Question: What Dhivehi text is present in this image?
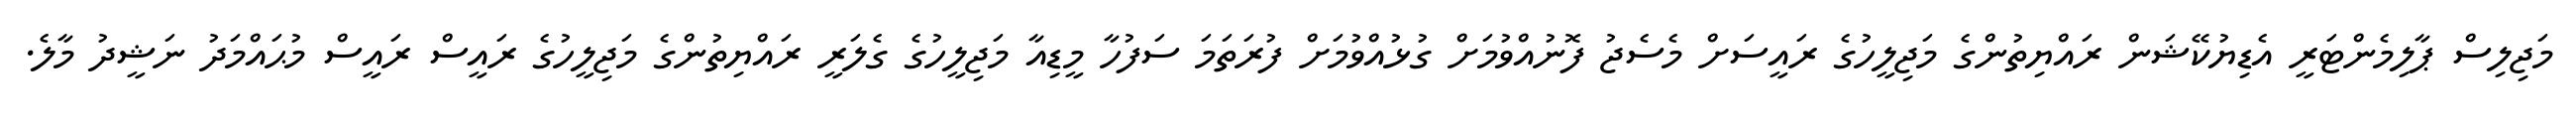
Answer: މަޖިލިސް ޕާލިމެންޓަރީ އެޑިޔުކޭޝަން ރައްޔިތުންގެ މަޖިލީހުގެ ރައީސަށް މެސެޖު ފޮނުއްވުމަށް ގުޅުއްވުމަށް ފުރަތަމަ ސަފުހާ މީޑިއާ މަޖިލީހުގެ ގެލަރީ ރައްޔިތުންގެ މަޖިލީހުގެ ރައީސް ރައީސް މުޙައްމަދު ނަޝީދު މާލެ.